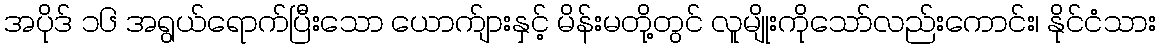
အပိုဒ် ၁၆ အရွယ်ရောက်ပြီးသော ယောက်ျားနှင့် မိန်းမတို့တွင် လူမျိုးကိုသော်လည်းကောင်း၊ နိုင်ငံသား